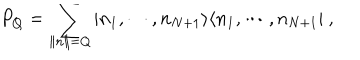
LaTeX: P _ { Q } = \sum _ { \| n \| = Q } \vert n _ { 1 } , \cdots , n _ { N + 1 } \rangle \langle n _ { 1 } , \cdots , n _ { N + 1 } \vert \ ,